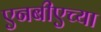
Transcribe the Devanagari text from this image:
एनबीएच्या